Scottish Leaving Certificate Examination, 1953
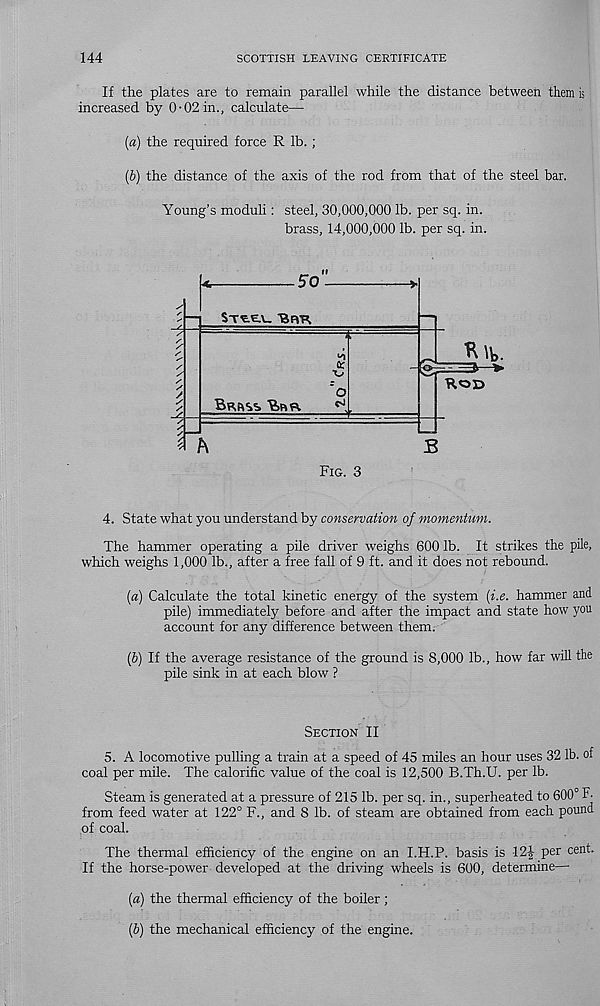
144
SCOTTISH LEAVING CERTIFICATE
If the plates are to remain parallel while the distance between them is
increased by 0-02 in., calculate—
[а) the required force R lb. ;
(б) the distance of the axis of the rod from that of the steel bar.
Young’s moduli: steel, 30,000,000 lb. per sq. in.
brass, 14,000,000 lb. per sq. in.
4. State what you understand by conservation of momentum.
The hammer operating a pile driver weighs 600 lb. It strikes the pile,
which weighs 1,000 lb., after a free fall of 9 ft. and it does not rebound.
[a) Calculate the total kinetic energy of the system (i.e. hammer and
pile) immediately before and after the impact and state how you
account for any difference between them.
(b) If the average resistance of the ground is 8,000 lb., how far will the
pile sink in at each blow ?
Section II
5. A locomotive pulling a train at a speed of 45 miles an hour uses 32 lb. of
coal per mile. The calorific value of the coal is 12,500 B.Th.U. per lb.
Steam is generated at a pressure of 215 lb. per sq. in., superheated to 600° F.
from feed water at 122° F., and 8 lb. of steam are obtained from each pound
of coal.
The thermal efficiency of the engine on an I.H.P. basis is 12-| per cent.
If the horse-power developed at the driving wheels is 600, determine—
[а) the thermal efficiency of the boiler;
(б) the mechanical efficiency of the engine.